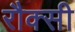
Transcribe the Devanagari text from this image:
रौक्सी